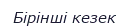
Бірінші кезек